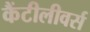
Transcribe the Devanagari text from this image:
कैंटीलीवर्स